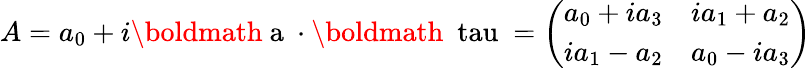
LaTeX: A=a_{0}+i\mathrm{\boldmath~a~}\cdot\mathrm{\boldmath~\ tau~}=\left(\begin{array}{cc}{{a_{0}+ia_{3}}}&{{ia_{1}+a_{2}}}\\ {{ia_{1}-a_{2}}}&{{a_{0}-ia_{3}}}\end{array}\right)